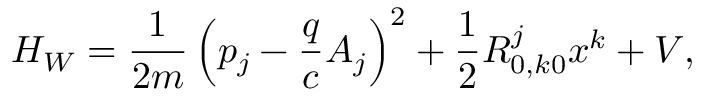
H _ { W } = \frac { 1 } { 2 m } \left( p _ { j } - \frac { q } { c } A _ { j } \right) ^ { 2 } + \frac { 1 } { 2 } R _ { 0 , k 0 } ^ { j } x ^ { k } + V ,